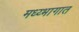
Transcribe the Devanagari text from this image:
मध्य्भागात